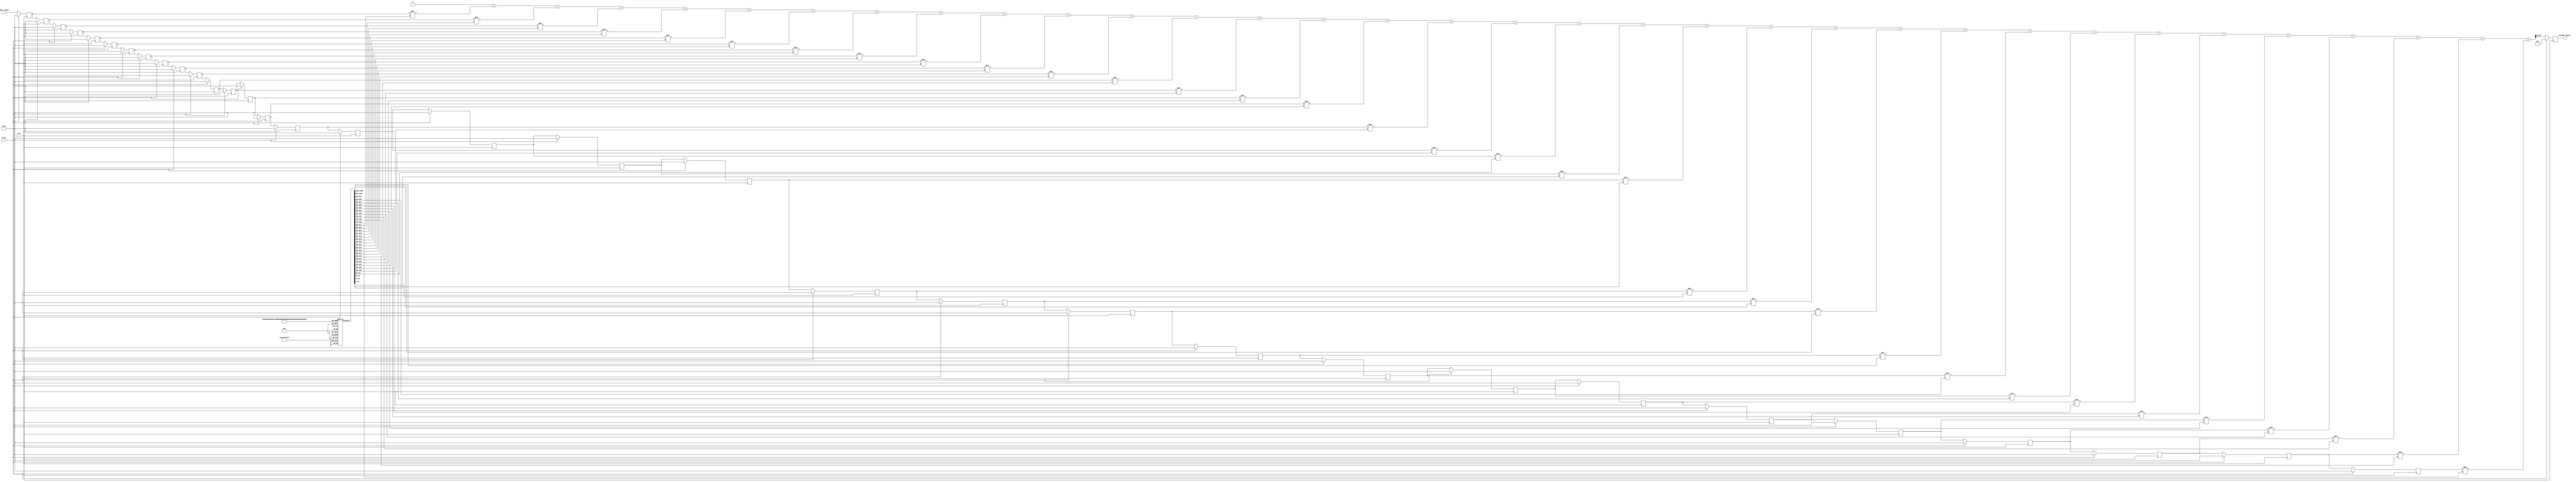

// module Transmitter(
//     input wire clk,
//     input wire reset,
//     input wire signed [10:0] input_signal,
//     output reg signed [15:0] encoded_signal
// );

//     // Parameters for Square Root Raised Cosine Filter
//     parameter FILTER_TAPS = 33;
//     reg signed [31:0] FILTER_COEFFS [0:FILTER_TAPS-1];
//     reg signed [10:0] delay_line [0:FILTER_TAPS-1];
//     reg signed [47:0] temp;  // Intermediate result with higher bit-width
//     integer i;

//     initial begin
//         // Initialize filter coefficients (scaled by 32768)
//         FILTER_COEFFS[0]  = -32'd165;  // -0.00505281304553084 * 32768
//         FILTER_COEFFS[1]  = -32'd63;   // -0.00191087927654681 * 32768
//         FILTER_COEFFS[2]  = 32'd176;   // 0.00535931755284406 * 32768
//         FILTER_COEFFS[3]  = 32'd269;   // 0.00822646167623590 * 32768
//         FILTER_COEFFS[4]  = 32'd50;    // 0.00151584391365925 * 32768
//         FILTER_COEFFS[5]  = -32'd269;  // -0.00822646167623590 * 32768
//         FILTER_COEFFS[6]  = -32'd246;  // -0.00750304457398167 * 32768
//         FILTER_COEFFS[7]  = 32'd253;   // 0.00773451135745139 * 32768
//         FILTER_COEFFS[8]  = 32'd694;   // 0.0212218147912295 * 32768
//         FILTER_COEFFS[9]  = 32'd253;   // 0.00773451135745138 * 32768
//         FILTER_COEFFS[10] = -32'd1230; // -0.0375152228699084 * 32768
//         FILTER_COEFFS[11] = -32'd2566; // -0.0784256013134489 * 32768
//         FILTER_COEFFS[12] = -32'd1736; // -0.0530545369780738 * 32768
//         FILTER_COEFFS[13] = 32'd2566;  // 0.0784256013134490 * 32768
//         FILTER_COEFFS[14] = 32'd9473;  // 0.289331991458557 * 32768
//         FILTER_COEFFS[15] = 32'd15988; // 0.487274215519437 * 32768
//         FILTER_COEFFS[16] = 32'd18622; // 0.568340837283330 * 32768
//         FILTER_COEFFS[17] = 32'd15988; // 0.487274215519437 * 32768
//         FILTER_COEFFS[18] = 32'd9473;  // 0.289331991458557 * 32768
//         FILTER_COEFFS[19] = 32'd2566;  // 0.0784256013134490 * 32768
//         FILTER_COEFFS[20] = -32'd1736; // -0.0530545369780738 * 32768
//         FILTER_COEFFS[21] = -32'd2566; // -0.0784256013134489 * 32768
//         FILTER_COEFFS[22] = -32'd1230; // -0.0375152228699084 * 32768
//         FILTER_COEFFS[23] = 32'd253;   // 0.00773451135745138 * 32768
//         FILTER_COEFFS[24] = 32'd694;   // 0.0212218147912295 * 32768
//         FILTER_COEFFS[25] = 32'd253;   // 0.00773451135745139 * 32768
//         FILTER_COEFFS[26] = -32'd246;  // -0.00750304457398167 * 32768
//         FILTER_COEFFS[27] = -32'd269;  // -0.00822646167623590 * 32768
//         FILTER_COEFFS[28] = 32'd50;    // 0.00151584391365925 * 32768
//         FILTER_COEFFS[29] = 32'd269;   // 0.00822646167623590 * 32768
//         FILTER_COEFFS[30] = 32'd176;   // 0.00535931755284406 * 32768
//         FILTER_COEFFS[31] = -32'd63;   // -0.00191087927654681 * 32768
//         FILTER_COEFFS[32] = -32'd165;  // -0.00505281304553084 * 32768
//     end

//     always @(posedge clk ) begin
//         if (reset) begin
//             encoded_signal <= 0;
//             for (i = 0; i < FILTER_TAPS; i = i + 1) begin
//                 delay_line[i] <= 0;
//             end
//         end else begin
//             // Shift delay line and insert new input sample
//             for (i = FILTER_TAPS-1; i > 0; i = i - 1) begin
//                 delay_line[i] <= delay_line[i-1];
//             end
//             delay_line[0] <= input_signal;

//             // Convolve input with filter coefficients
//             temp = 0;
//             for (i = 0; i < FILTER_TAPS; i = i + 1) begin
//                 temp = temp + (delay_line[i] * FILTER_COEFFS[i]);
//             end
//             // Scale back the result to 16-bit signed value
//             encoded_signal <= temp >>> 15;
//         end
//     end

// endmodule

module Transmitter(
    input wire clk,
    input wire reset,
    input wire signed [10:0] input_signal,
    output reg signed [15:0] encoded_signal
);

    // Parameters for Square Root Raised Cosine Filter
    parameter FILTER_TAPS = 33;
    reg signed [31:0] FILTER_COEFFS [0:FILTER_TAPS-1];
    reg signed [10:0] delay_line [0:FILTER_TAPS-1];
    reg signed [47:0] temp;  // Intermediate result with higher bit-width
    integer i;

    initial begin
        // Initialize filter coefficients (scaled by 32768)
        FILTER_COEFFS[0]  = -32'd165;  // -0.00505281304553084 * 32768
        FILTER_COEFFS[1]  = -32'd63;   // -0.00191087927654681 * 32768
        FILTER_COEFFS[2]  = 32'd176;   // 0.00535931755284406 * 32768
        FILTER_COEFFS[3]  = 32'd269;   // 0.00822646167623590 * 32768
        FILTER_COEFFS[4]  = 32'd50;    // 0.00151584391365925 * 32768
        FILTER_COEFFS[5]  = -32'd269;  // -0.00822646167623590 * 32768
        FILTER_COEFFS[6]  = -32'd246;  // -0.00750304457398167 * 32768
        FILTER_COEFFS[7]  = 32'd253;   // 0.00773451135745139 * 32768
        FILTER_COEFFS[8]  = 32'd694;   // 0.0212218147912295 * 32768
        FILTER_COEFFS[9]  = 32'd253;   // 0.00773451135745138 * 32768
        FILTER_COEFFS[10] = -32'd1230; // -0.0375152228699084 * 32768
        FILTER_COEFFS[11] = -32'd2566; // -0.0784256013134489 * 32768
        FILTER_COEFFS[12] = -32'd1736; // -0.0530545369780738 * 32768
        FILTER_COEFFS[13] = 32'd2566;  // 0.0784256013134490 * 32768
        FILTER_COEFFS[14] = 32'd9473;  // 0.289331991458557 * 32768
        FILTER_COEFFS[15] = 32'd15988; // 0.487274215519437 * 32768
        FILTER_COEFFS[16] = 32'd18622; // 0.568340837283330 * 32768
        FILTER_COEFFS[17] = 32'd15988; // 0.487274215519437 * 32768
        FILTER_COEFFS[18] = 32'd9473;  // 0.289331991458557 * 32768
        FILTER_COEFFS[19] = 32'd2566;  // 0.0784256013134490 * 32768
        FILTER_COEFFS[20] = -32'd1736; // -0.0530545369780738 * 32768
        FILTER_COEFFS[21] = -32'd2566; // -0.0784256013134489 * 32768
        FILTER_COEFFS[22] = -32'd1230; // -0.0375152228699084 * 32768
        FILTER_COEFFS[23] = 32'd253;   // 0.00773451135745138 * 32768
        FILTER_COEFFS[24] = 32'd694;   // 0.0212218147912295 * 32768
        FILTER_COEFFS[25] = 32'd253;   // 0.00773451135745139 * 32768
        FILTER_COEFFS[26] = -32'd246;  // -0.00750304457398167 * 32768
        FILTER_COEFFS[27] = -32'd269;  // -0.00822646167623590 * 32768
        FILTER_COEFFS[28] = 32'd50;    // 0.00151584391365925 * 32768
        FILTER_COEFFS[29] = 32'd269;   // 0.00822646167623590 * 32768
        FILTER_COEFFS[30] = 32'd176;   // 0.00535931755284406 * 32768
        FILTER_COEFFS[31] = -32'd63;   // -0.00191087927654681 * 32768
        FILTER_COEFFS[32] = -32'd165;  // -0.00505281304553084 * 32768
    end

    always @(posedge clk) begin
        if (reset) begin
            encoded_signal <= 0;
            for (i = 0; i < FILTER_TAPS; i = i + 1) begin
                delay_line[i] <= 0;
            end
        end else begin
            // Shift delay line and insert new input sample
            for (i = FILTER_TAPS-1; i > 0; i = i - 1) begin
                delay_line[i] <= delay_line[i-1];
            end
            delay_line[0] <= input_signal;

            // Convolve input with filter coefficients
            temp = 0;
            for (i = 0; i < FILTER_TAPS; i = i + 1) begin
                temp = temp + (delay_line[i] * FILTER_COEFFS[i]);
            end
            // Scale back the result to 16-bit signed value
            encoded_signal <= temp >>> 15;
        end
    end

endmodule